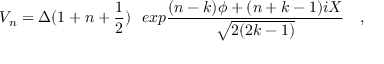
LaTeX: V _ { n } = \Delta ( 1 + n + { \frac { 1 } { 2 } } ) ~ ~ e x p { \frac { ( n - k ) \phi + ( n + k - 1 ) i X } { \sqrt { 2 ( 2 k - 1 ) } } } \quad ,